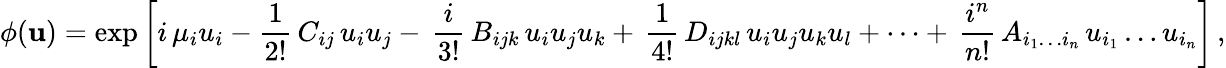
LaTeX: \phi({\mathbf u})=\exp\left[i\, \mu_{i}u_{i}-{\frac{1}{2!}}\, C_{ij}\, u_{i}u_{j}-\, {\frac{i}{3!}}\, B_{ijk}\, u_{i}u_{j}u_{k}+\, {\frac{1}{4!}}\, D_{ijkl}\, u_{i}u_{j}u_{k}u_{l}+\dots+\, {\frac{i^{n}}{n!}}\, A_{i_{1}\dots i_{n}}\, u_{i_{1}}\dots u_{i_{n}}\right]\, ,